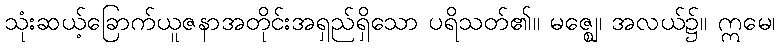
သုံးဆယ့်ခြောက်ယူဇနာအတိုင်းအရှည်ရှိသော ပရိသတ်၏။ မဇ္ဈေ၊ အလယ်၌။ ဣမေ၊